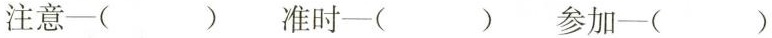
注意—( ) 准时—( ) 参加—( )